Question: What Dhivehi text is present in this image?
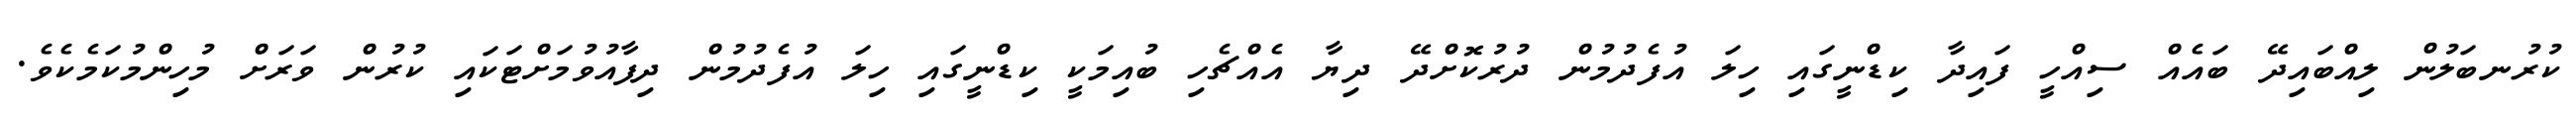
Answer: ކުރުނބަލުން ލިއްބައިދޭ ބައެއް ސިއްހީ ފައިދާ ކިޑްނީގައި ހިލަ އުފެދުމުން ދުރުކޮށްދޭ ދިޔާ އެއްޗެހި ބުއިމަކީ ކިޑްނީގައި ހިލަ އުފެދުމުން ދިފާއުވުމަށްޓަކައި ކުރުން ވަރަށް މުހިންމުކަމެކެވެ.